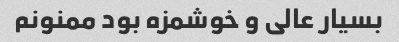
بسیار عالی و خوشمزه بود ممنونم